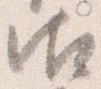
御